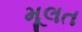
મૂલત